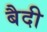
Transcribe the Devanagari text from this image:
बैदी